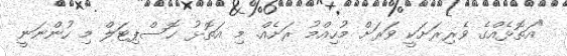
"އަތޮޅެއްގެ ވެރިރަށަކީ ވަރަށް މުހިއްމު ރަށެއް. މި އަތޮޅު ހޮސްޕިޓަލް މި ހުންނަނީ